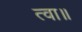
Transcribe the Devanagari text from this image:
त्वा॥